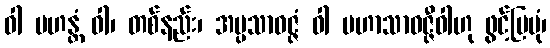
ဝါ မဟန္တံ ဝါ၊ တစ်နည်း၊ အပ္ပသာဝဇ္ဇံ ဝါ မဟာသာဝဇ္ဇီဝါဟု ဖွင့်ပြပုံ၊